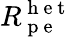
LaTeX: R_{\mathrm{~p~e~}}^{\mathrm{~h~e~t~}}